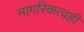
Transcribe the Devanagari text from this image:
नागरिकत्वही